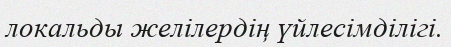
локальды желілердің үйлесімділігі.